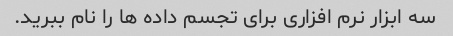
سه ابزار نرم افزاری برای تجسم داده ها را نام ببرید.